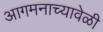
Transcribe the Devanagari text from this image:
आगमनाच्यावेळी